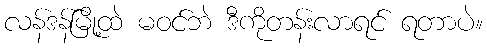
လန်ဒန်မြို့ထဲ မဝင်ဘဲ ဒီကိုတန်းလာရင် ရတာပဲ။